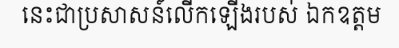
នេះជាប្រសាសន៍លើកឡើងរបស់ ឯកឧត្តម